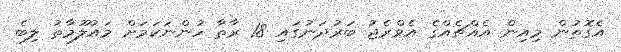
އެގޮތުން މިއިން އެއްޗެއްގެ އެވްރެޖު ބަރުދަނުގައި 18 ރާތާ ހުންނަކަމަށް މައުލޫމާތު ލިބެ